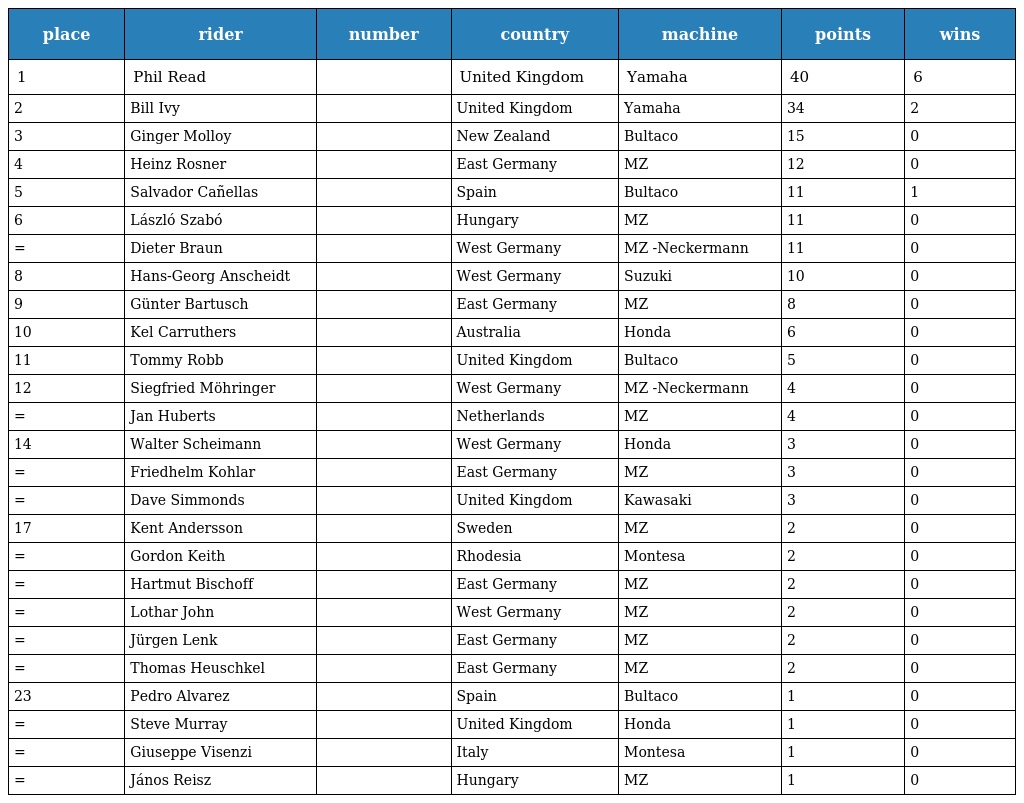
| place | rider | number | country | machine | points | wins |
 | --- | --- | --- | --- | --- | --- | --- |
 | 1 | Phil Read |  | United Kingdom | Yamaha | 40 | 6 |
 | 2 | Bill Ivy |  | United Kingdom | Yamaha | 34 | 2 |
 | 3 | Ginger Molloy |  | New Zealand | Bultaco | 15 | 0 |
 | 4 | Heinz Rosner |  | East Germany | MZ | 12 | 0 |
 | 5 | Salvador Cañellas |  | Spain | Bultaco | 11 | 1 |
 | 6 | László Szabó |  | Hungary | MZ | 11 | 0 |
 | = | Dieter Braun |  | West Germany | MZ -Neckermann | 11 | 0 |
 | 8 | Hans-Georg Anscheidt |  | West Germany | Suzuki | 10 | 0 |
 | 9 | Günter Bartusch |  | East Germany | MZ | 8 | 0 |
 | 10 | Kel Carruthers |  | Australia | Honda | 6 | 0 |
 | 11 | Tommy Robb |  | United Kingdom | Bultaco | 5 | 0 |
 | 12 | Siegfried Möhringer |  | West Germany | MZ -Neckermann | 4 | 0 |
 | = | Jan Huberts |  | Netherlands | MZ | 4 | 0 |
 | 14 | Walter Scheimann |  | West Germany | Honda | 3 | 0 |
 | = | Friedhelm Kohlar |  | East Germany | MZ | 3 | 0 |
 | = | Dave Simmonds |  | United Kingdom | Kawasaki | 3 | 0 |
 | 17 | Kent Andersson |  | Sweden | MZ | 2 | 0 |
 | = | Gordon Keith |  | Rhodesia | Montesa | 2 | 0 |
 | = | Hartmut Bischoff |  | East Germany | MZ | 2 | 0 |
 | = | Lothar John |  | West Germany | MZ | 2 | 0 |
 | = | Jürgen Lenk |  | East Germany | MZ | 2 | 0 |
 | = | Thomas Heuschkel |  | East Germany | MZ | 2 | 0 |
 | 23 | Pedro Alvarez |  | Spain | Bultaco | 1 | 0 |
 | = | Steve Murray |  | United Kingdom | Honda | 1 | 0 |
 | = | Giuseppe Visenzi |  | Italy | Montesa | 1 | 0 |
 | = | János Reisz |  | Hungary | MZ | 1 | 0 |